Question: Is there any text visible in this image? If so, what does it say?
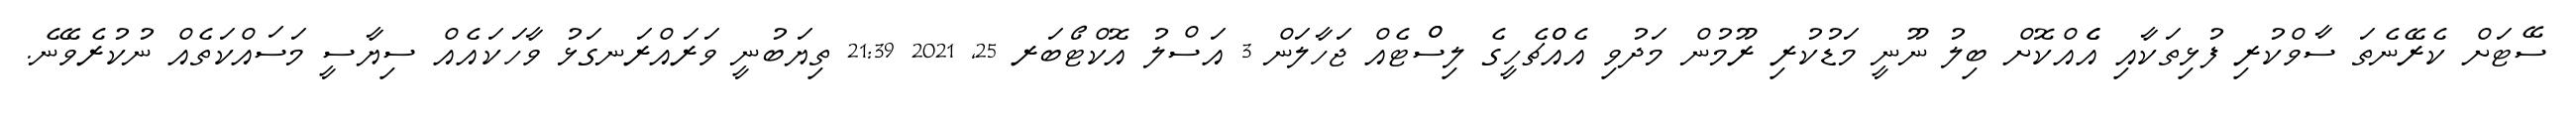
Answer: ސޭޓަށް ކެރޭނެތަ ސާވްކުރި ފުޅިތަކާއި އެެއްކޮށް ބިލު ނޫނީ މަޑުކުރި ރޫމުން މަދުވި އެއްްޗެހީގެ ލިސްްޓެއް ޖަހާލަން 3 އަސްލު އޮކްޓޯބަރ 25, 2021 21:39 ތިޔަބުނީ ވަރައްރަނގަޅު ވާހަކައެއް ސިޔާސީ މަސައްކަތެއް ނުކުރެވޭނެ.